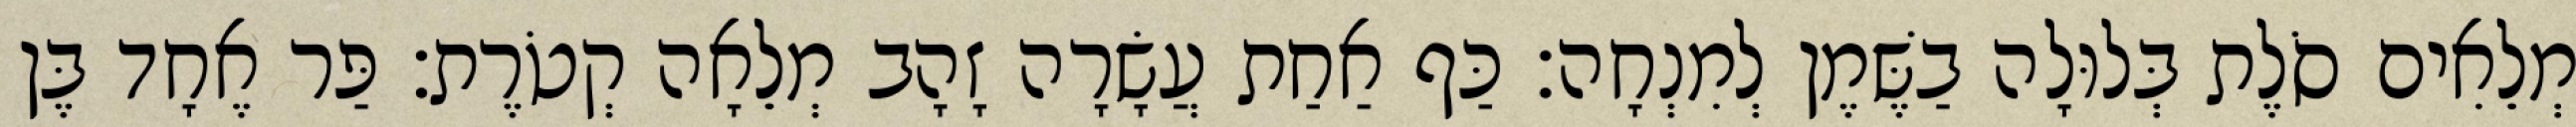
מְלֵאִים סֹלֶת בְּלוּלָה בַשֶּׁמֶן לְמִנְחָה׃ כַּף אַחַת עֲשָׂרָה זָהָב מְלֵאָה קְטֹרֶת׃ פַּר אֶחָד בֶּן